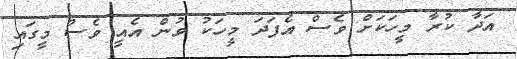
އަދާ ކުރާ މީހަކަށް ވެސް އެފަދަ މީހަކު ވުން އެއީ ވެސް މީގައި